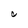
Character: C